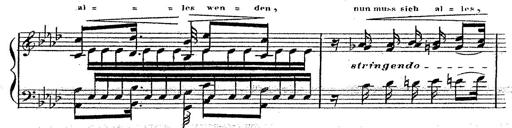
Title: 12 Lieder von Franz Schubert
Composer: Franz Liszt